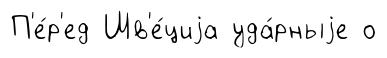
П'е́р'ед Шв'е́циjа уда́рныjе о